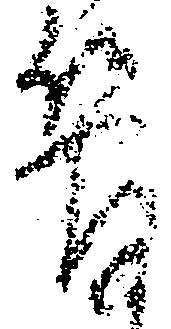
簡